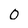
Character: 0